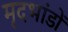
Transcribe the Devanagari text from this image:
मृदभांडों